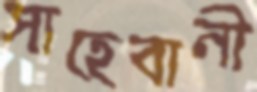
সাহেবানী